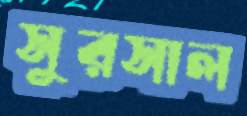
সুরসাল